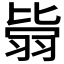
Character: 𦐳